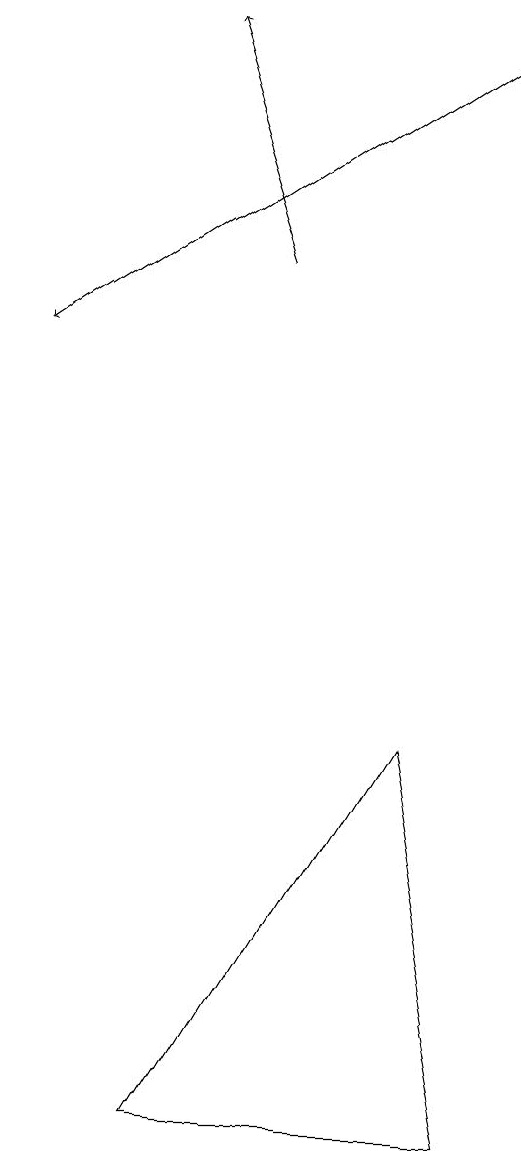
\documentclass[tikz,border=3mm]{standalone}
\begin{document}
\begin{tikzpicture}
\draw (6,3) -- (5,8) -- (2,3) -- cycle;
\draw[->] (3,14) -- (2,17);
\draw[->] (6,17) -- (0,13);
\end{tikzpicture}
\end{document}